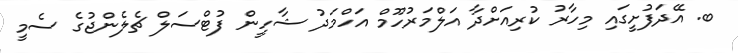
ބ. އޭދަފުށީގައި މިހާރު ކުރިއަށްދާ އަލްމަރުހޫމް އަހްމަދު ޝާހީން ފުޓްސަލް ޗެލެންޖުގެ ސެމީ